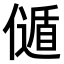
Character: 𠎻